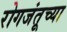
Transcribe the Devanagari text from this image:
रोगजंतूच्या